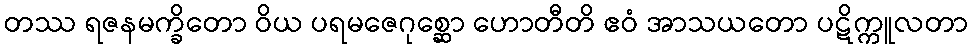
တဿ ရဇနမက္ခိတော ဝိယ ပရမဇေဂုစ္ဆော ဟောတီတိ ဧဝံ အာသယတော ပဋိက္ကူလတာ